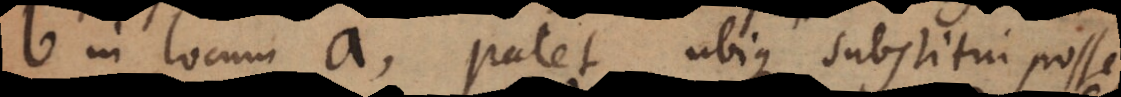
b in locum a, patet ubique substitui posse,